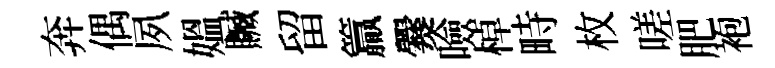
奔偶夙媪贓留籯爨噞棹畤枚嗟肥袍